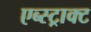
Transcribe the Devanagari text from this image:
एब्स्ट्राक्ट